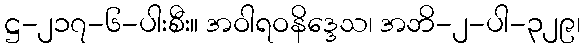
ဋ္ဌ-၂၁၇-၆-ပါးစီး။ အဝါရဝနိဒ္ဒေသ၊ အဘိ-၂-ပါ-၃၂၉၊